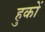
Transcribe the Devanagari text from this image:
हुकों